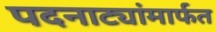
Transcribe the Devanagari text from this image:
पदनाट्यांमार्फत